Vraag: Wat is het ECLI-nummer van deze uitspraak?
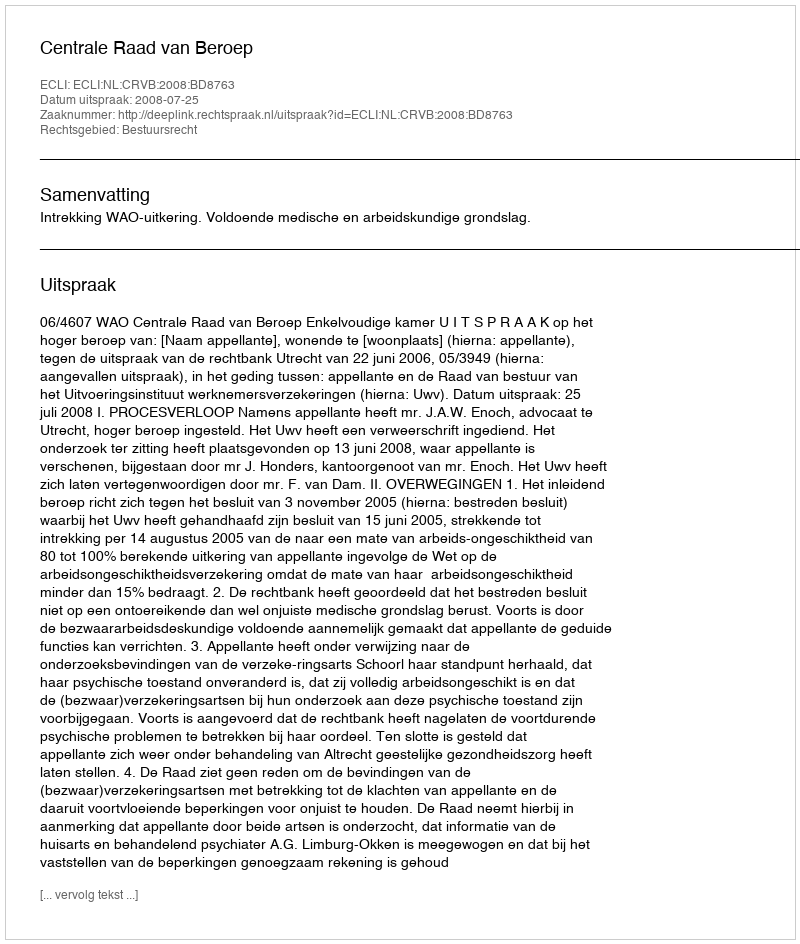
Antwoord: ECLI:NL:CRVB:2008:BD8763